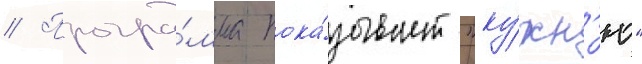
// Програ́мма пока́зывает "ку́хн'ю"